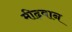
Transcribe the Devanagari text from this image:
मीढ़वान